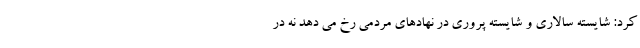
کرد: شایسته سالاری و شایسته پروری در نهادهای مردمی رخ می دهد نه در